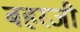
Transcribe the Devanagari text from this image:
बहरजी